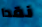
نقدا